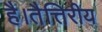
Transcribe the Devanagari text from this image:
है।तैत्तिरीय